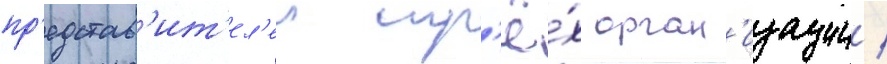
пр'едстав'ит'ел'еи тр'ё́х орган'изации /